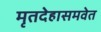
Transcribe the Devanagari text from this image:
मृतदेहासमवेत